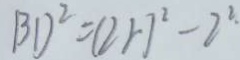
B D ^ { 2 } = ( 2 r ) ^ { 2 } - 2 ^ { 2 }